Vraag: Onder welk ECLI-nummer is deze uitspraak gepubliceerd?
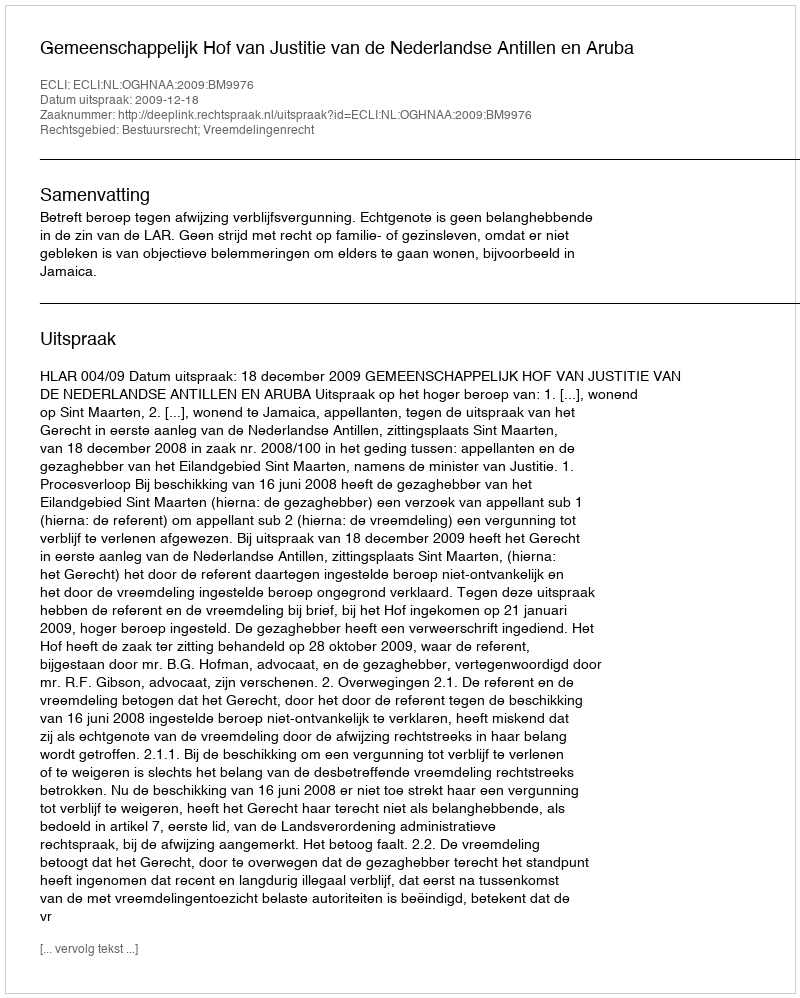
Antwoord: ECLI:NL:OGHNAA:2009:BM9976